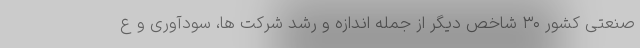
صنعتی کشور ۳۰ شاخص دیگر از جمله اندازه و رشد شرکت ها، سودآوری و ع